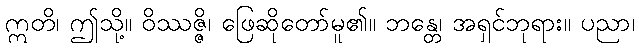
ဣတိ၊ ဤသို့။ ဝိဿဇ္ဇိ၊ ဖြေဆိုတော်မူ၏။ ဘန္တေ၊ အရှင်ဘုရား။ ပညာ၊